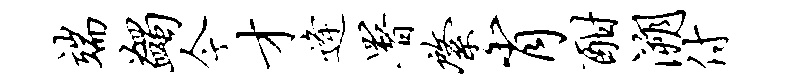
端蠲今才逄署綮肖酣溯付